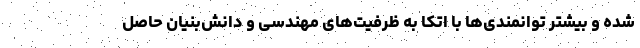
شده و بیشتر توانمندی‌ها با اتکا به ظرفیت‌های مهندسی و دانش‌بنیان حاصل